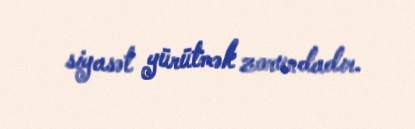
siyasət yürütmək zorundadır.